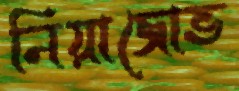
নিয়াজোভ